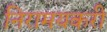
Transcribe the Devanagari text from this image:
निरामयकरी